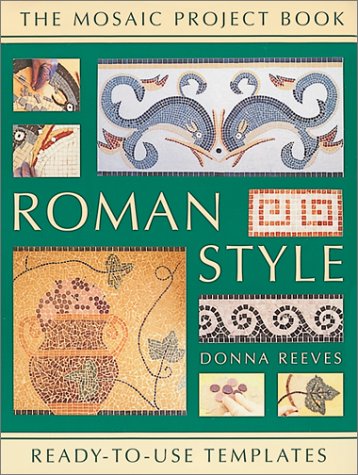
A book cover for Roman Style: Mosaic Project Book; Donna Reeves; Crafts, Hobbies & Home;